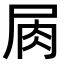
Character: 𡱎